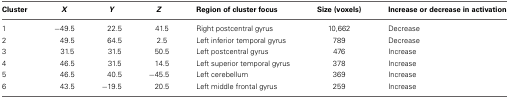
<table><thead><tr><td><b>Cluster</b></td><td><b><i>X</i></b></td><td><b><i>Y</i></b></td><td><b><i>Z</i></b></td><td><b>Region of cluster focus</b></td><td><b>Size (voxels)</b></td><td><b>Increase or decrease in activation</b></td></tr></thead><tbody><tr><td>1</td><td>−49.5</td><td>22.5</td><td>41.5</td><td>Right postcentral gyrus</td><td>10,662</td><td>Decrease</td></tr><tr><td>2</td><td>49.5</td><td>64.5</td><td>2.5</td><td>Left inferior temporal gyrus</td><td>789</td><td>Decrease</td></tr><tr><td>3</td><td>31.5</td><td>31.5</td><td>50.5</td><td>Left postcentral gyrus</td><td>476</td><td>Increase</td></tr><tr><td>4</td><td>46.5</td><td>31.5</td><td>14.5</td><td>Left superior temporal gyrus</td><td>378</td><td>Increase</td></tr><tr><td>5</td><td>46.5</td><td>40.5</td><td>−45.5</td><td>Left cerebellum</td><td>369</td><td>Increase</td></tr><tr><td>6</td><td>43.5</td><td>−19.5</td><td>20.5</td><td>Left middle frontal gyrus</td><td>259</td><td>Increase</td></tr></tbody></table>